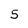
Character: 5